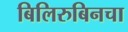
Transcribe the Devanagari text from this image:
बिलिरुबिनचा